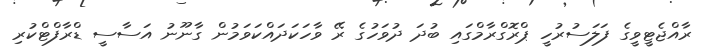
ރާއްޖެޓީވީގެ ފަލަސުރުހީ ޕްރޮގްރާމްގައި ބުދަ ދުވަހުގެ ރޭ ވާހަކަދައްކަވަމުން ގާނޫނު އަސާސީ ޑްރާފްޓްކުރި